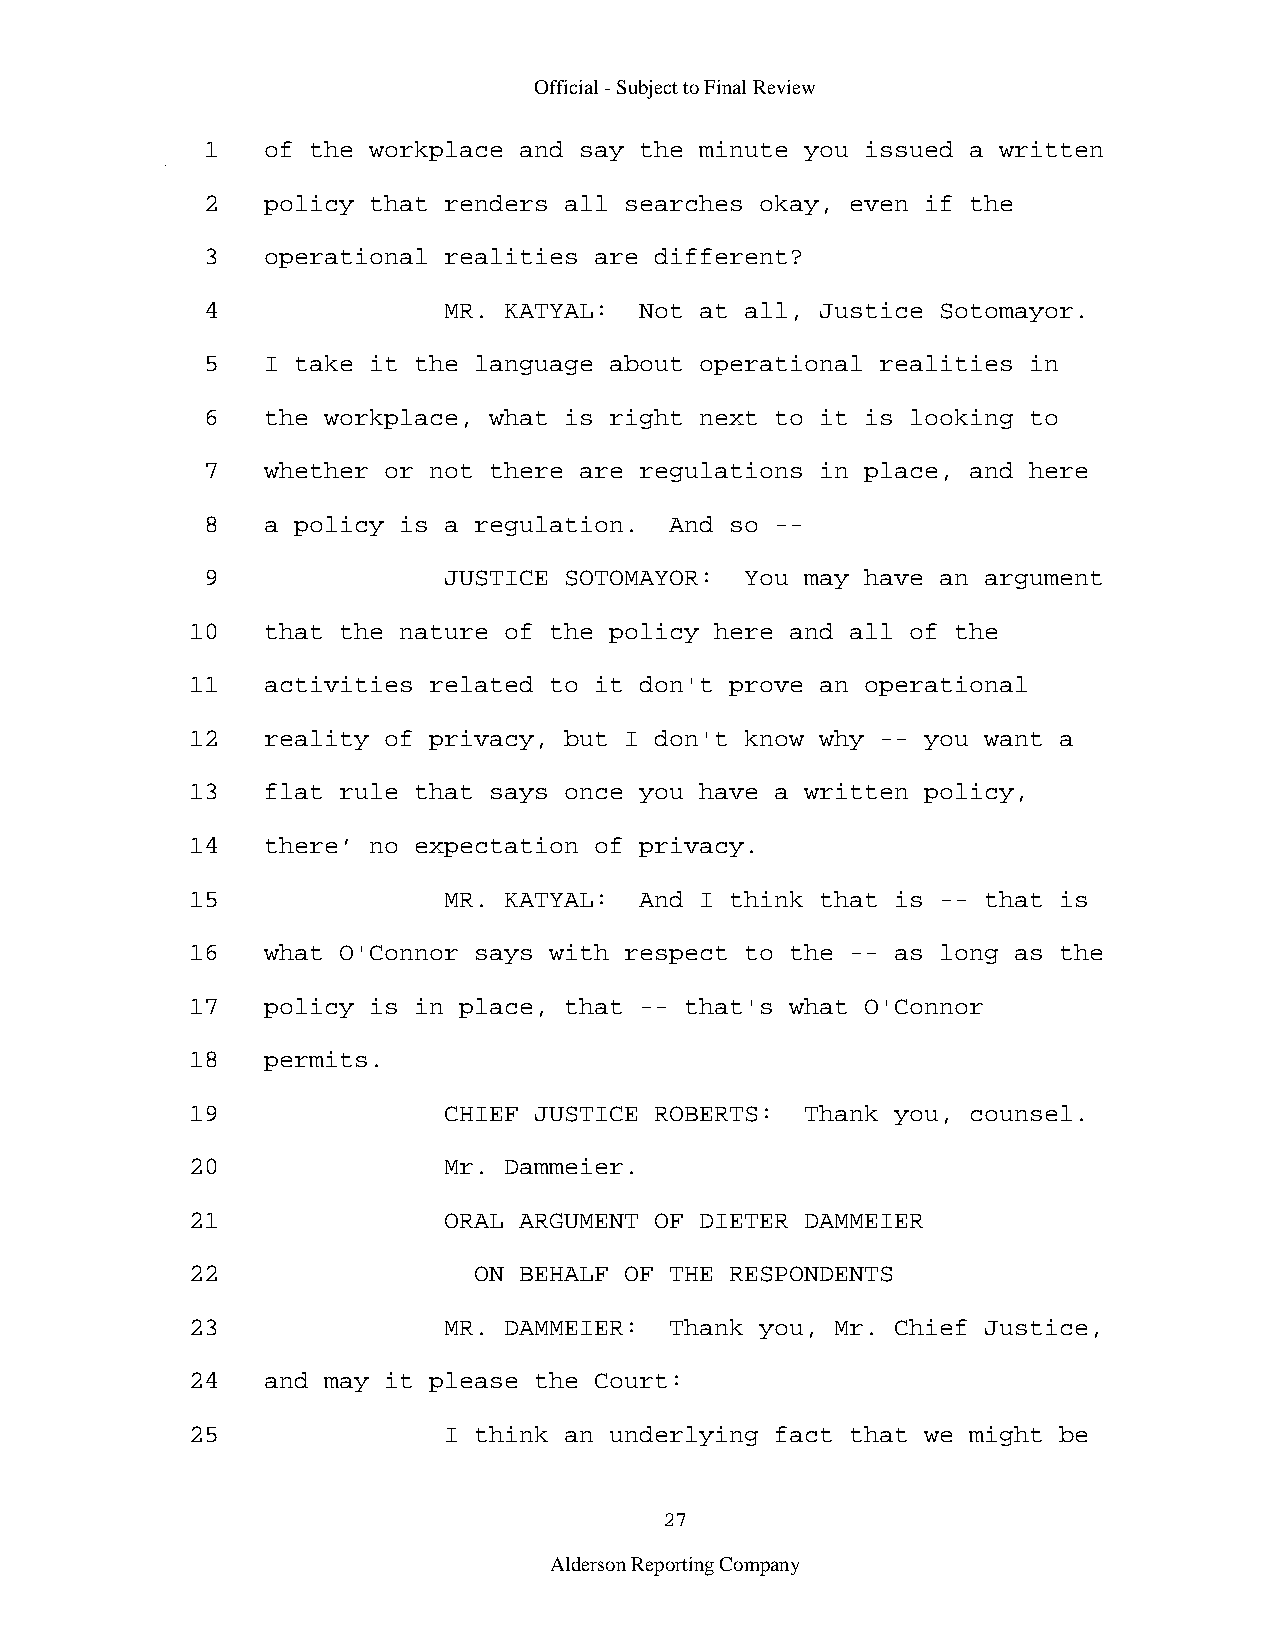
Official - Subject to Final Review
 1   of the workplace and say the minute you issued a written
 2   policy that renders all searches okay, even if the
 3   operational realities are different?
 4               MR. KATYAL:  Not at all, Justice Sotomayor.
 5   I take it the language about operational realities in
 6   the workplace, what is right next to it is looking to
 7   whether or not there are regulations in place, and here
 8   a policy is a regulation.  And so --
 9               JUSTICE SOTOMAYOR:  You may have an argument
 10   that the nature of the policy here and all of the
 11   activities related to it don't prove an operational
 12   reality of privacy, but I don't know why -- you want a
 13   flat rule that says once you have a written policy,
 14   there’ no expectation of privacy.
 15               MR. KATYAL:  And I think that is -- that is
 16   what O'Connor says with respect to the -- as long as the
 17   policy is in place, that -- that's what O'Connor
 18   permits.
 19               CHIEF JUSTICE ROBERTS:  Thank you, counsel.
 20               Mr. Dammeier.
 21               ORAL ARGUMENT OF DIETER DAMMEIER
 22                 ON BEHALF OF THE RESPONDENTS
 23               MR. DAMMEIER:  Thank you, Mr. Chief Justice,
 24   and may it please the Court:
 25               I think an underlying fact that we might be
 27
 Alderson Reporting Company